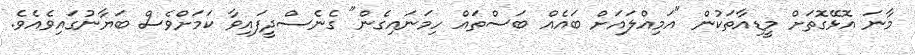
މާނަ އޮޅޭގޮތަށް މީޑިއާތަކުން "އަމިއްލައަށް ބައެއް ބަސްތައް ހިމަނައިގެން" ގެނެސްދީފައިވާ ކަމަށްވެސް ބަޔާނުގައިވެއެވެ.